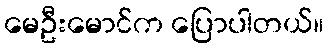
မေဦးမောင်က ပြောပါတယ်။